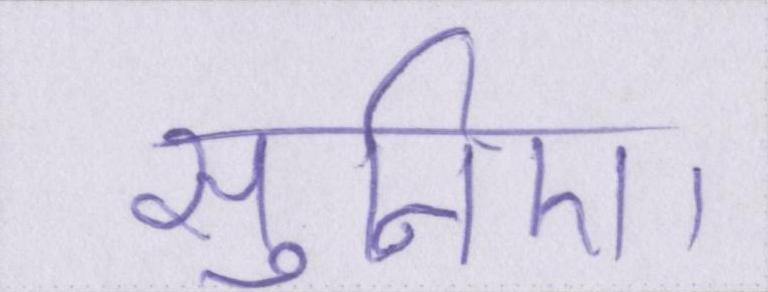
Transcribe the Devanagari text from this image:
सुनिए।